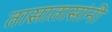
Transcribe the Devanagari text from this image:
तासातासांनी